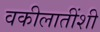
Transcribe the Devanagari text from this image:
वकीलातींशी